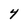
Character: 4